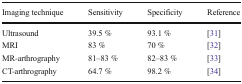
<table><thead><tr><td><b>Imaging technique</b></td><td><b>Sensitivity</b></td><td><b>Specificity</b></td><td><b>Reference</b></td></tr></thead><tbody><tr><td>Ultrasound</td><td>39.5 %</td><td>93.1 %</td><td>[31]</td></tr><tr><td>MRI</td><td>83 %</td><td>70 %</td><td>[32]</td></tr><tr><td>MR-arthrography</td><td>81–83 %</td><td>82–83 %</td><td>[33]</td></tr><tr><td>CT-arthrography</td><td>64.7 %</td><td>98.2 %</td><td>[34]</td></tr></tbody></table>